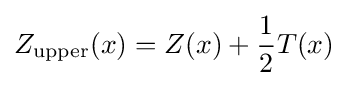
Z_{\text{upper}}(x)=Z(x)+{\frac {1}{2}}T(x)